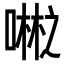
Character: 𪢇